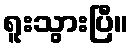
ရူးသွားပြီ။